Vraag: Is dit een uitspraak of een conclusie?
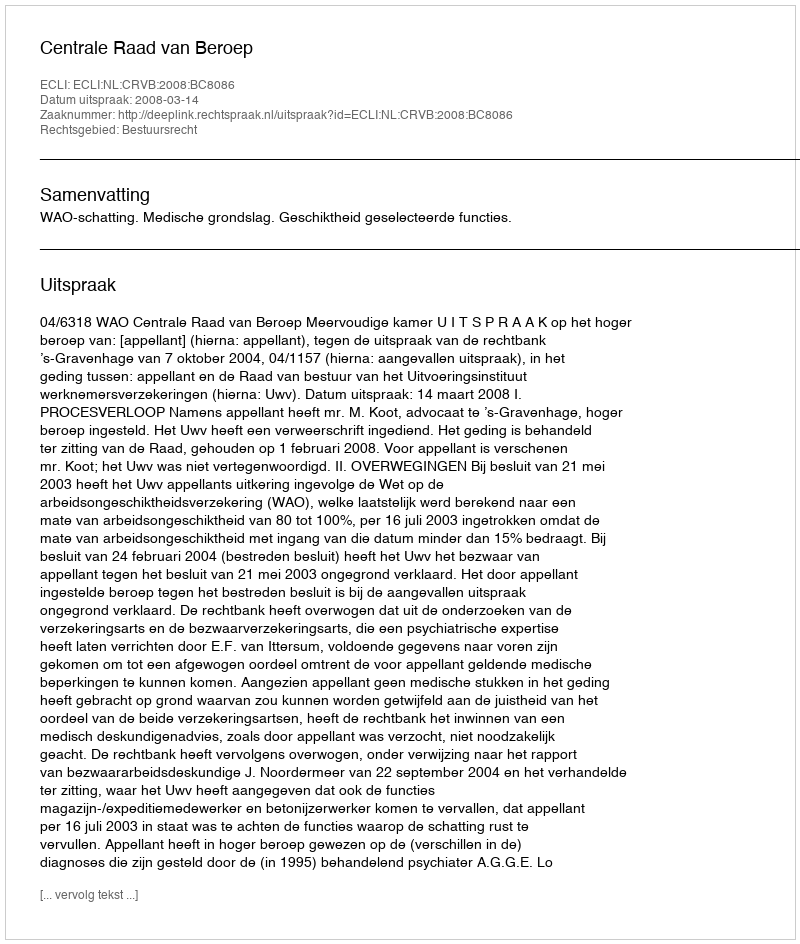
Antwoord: Uitspraak